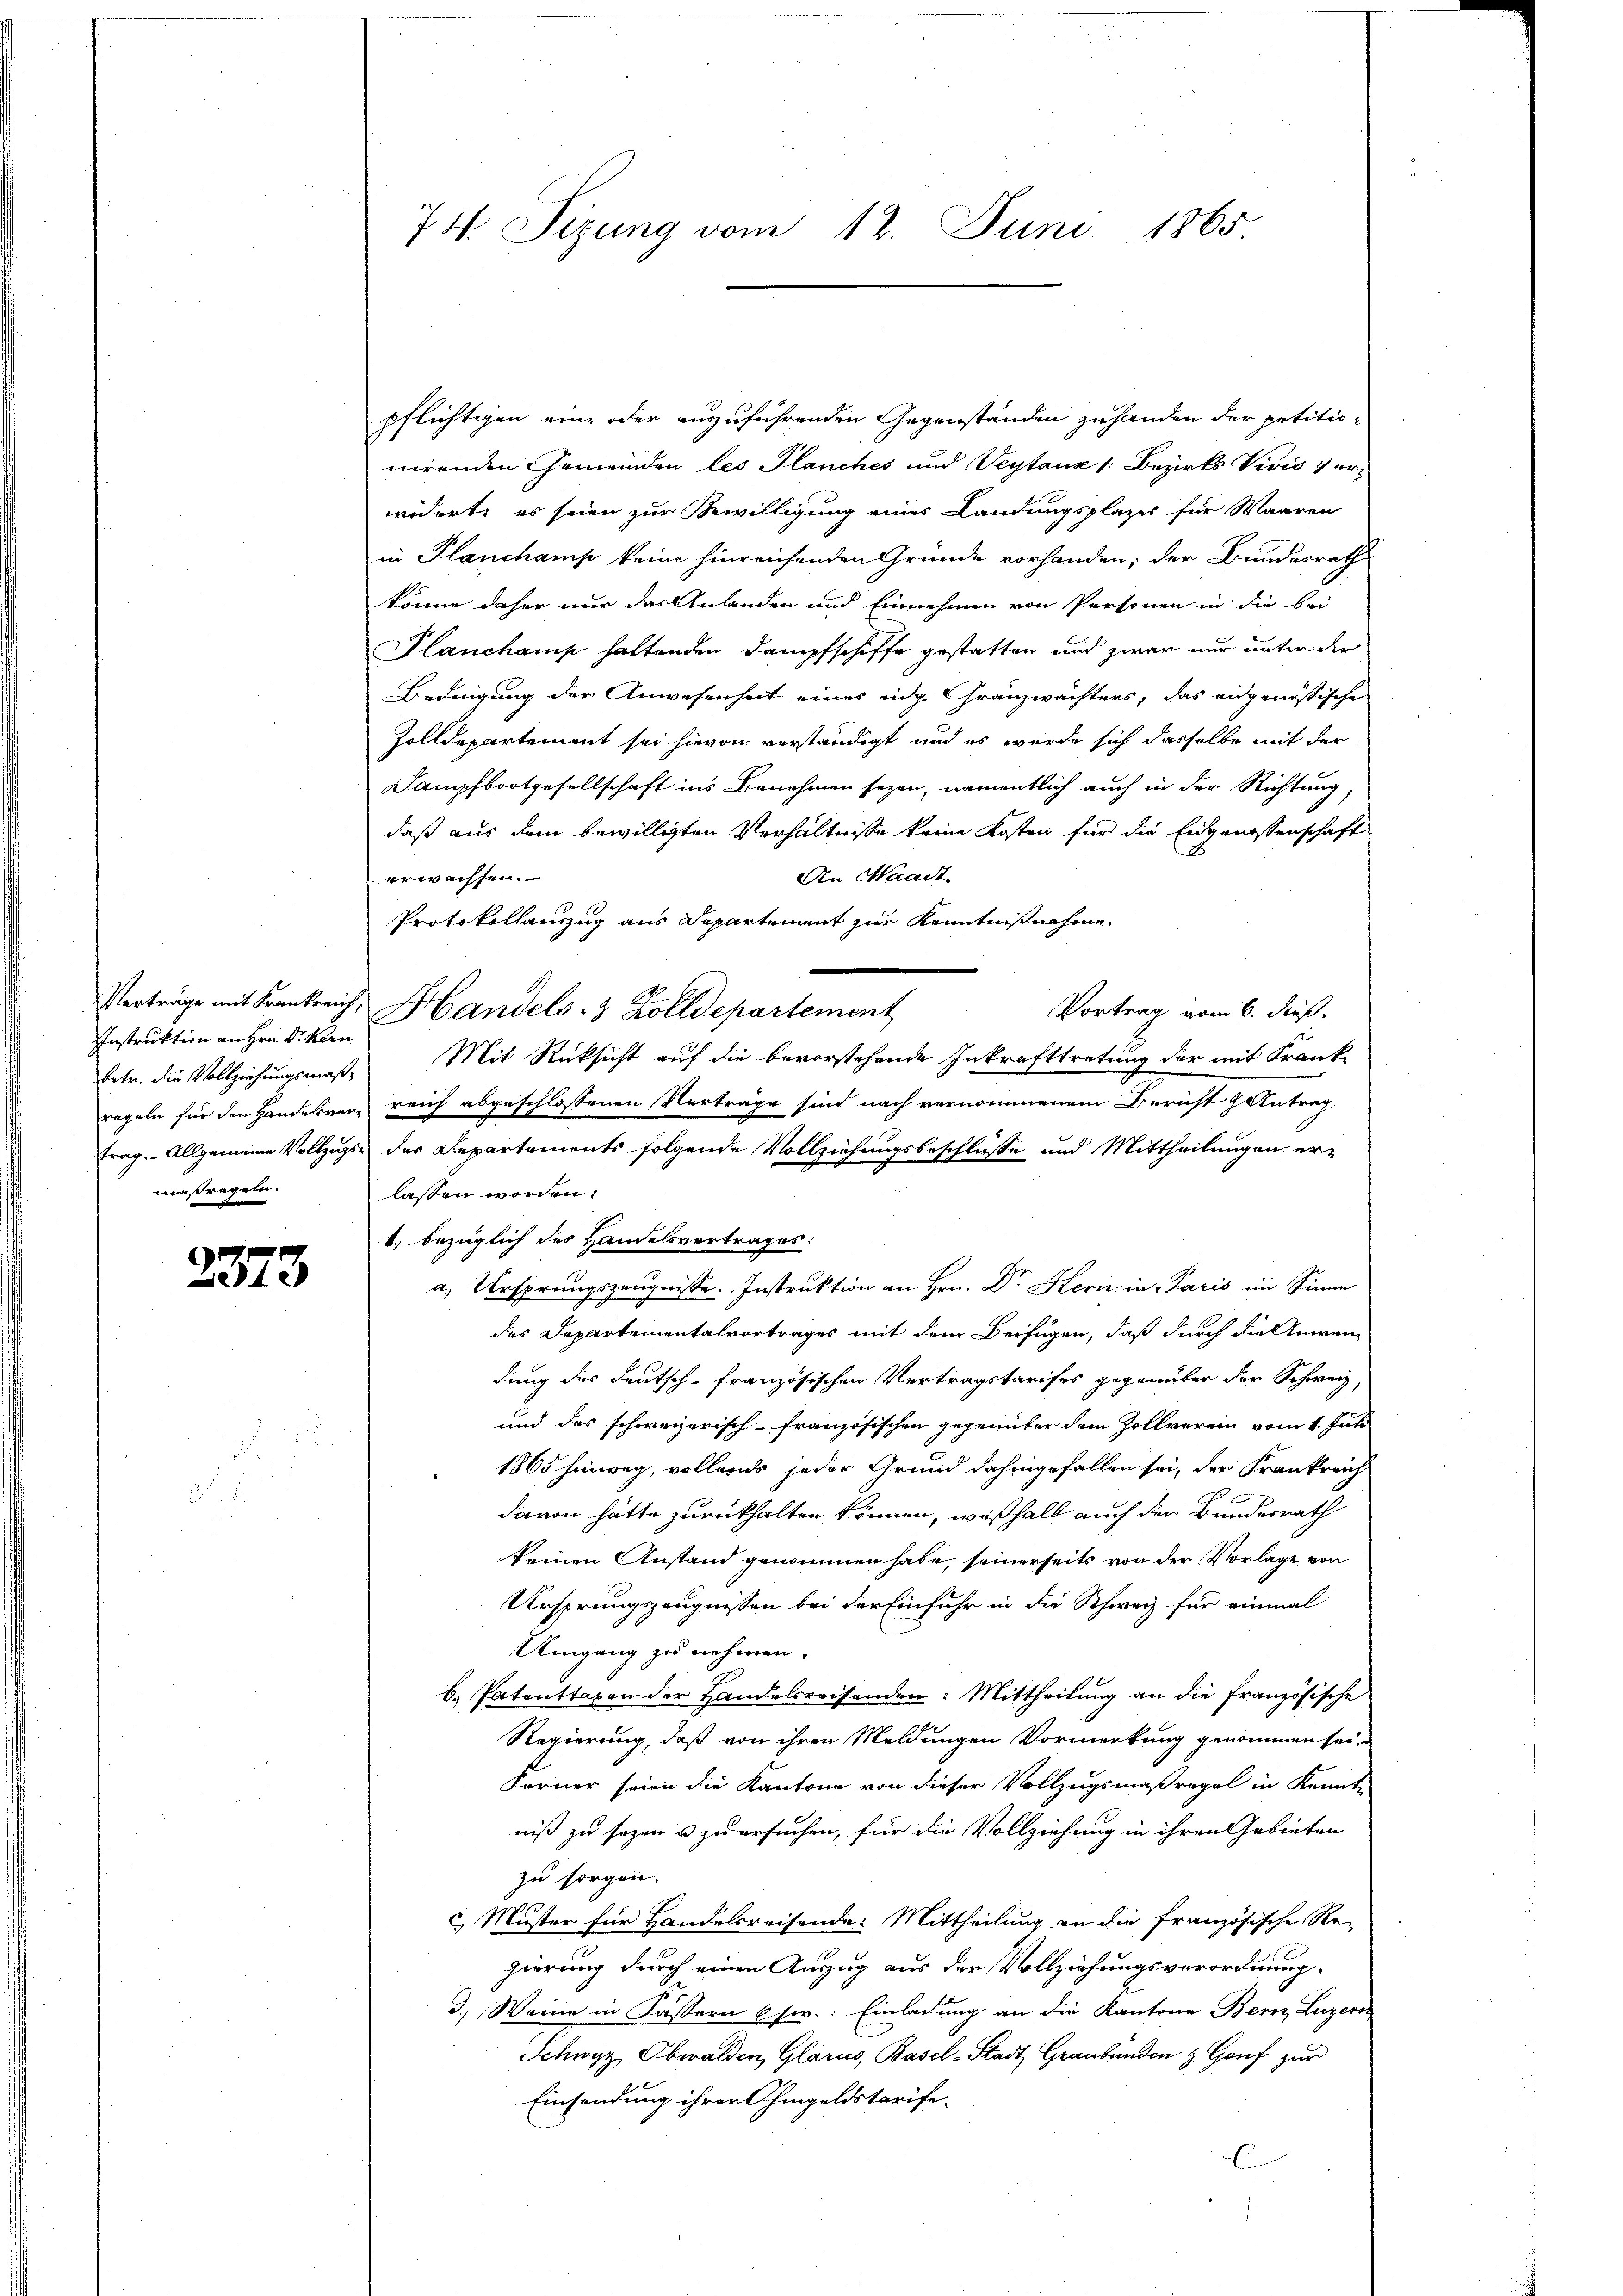
Verträge mit Frankreich,
Instruktion an Hrn. Dr. Kern
betr. die Vollziehungsmaßmaßregeln.

2373

74. Sizung vom 12. Juni 1865.

pflichtigen eine oder auszuführenden Gegenstanden zuhanden der petitionirenden Gemeinden les Planches und Veytauz /: Bezirks Vivić verwidert, es seien zur Bewilligung eines Landungsplazer für Waaren
in Planchamp keine hinreichenden Gründe vorhanden; der Bundesrath
könne daher nur das Anlanden und Einnehmen von Personen in die bei
Planchamp haltenden Dampfschiffe gestatten und zwar nur unter der
Bedingung der Anwesenheit eines eidg. Granzwächters, das eidgenössische
Zolldepartement sei hievon verständigt und es werde sich dasselbe mit der
Sampfbootgesellschaft ins Benehmen seyen, namentlich auch in der Richtung,
daß aus dem bewilligten Verhältnisse keine Kosten für die Eidgenossenschaft
erwachsen.
An Waadt
Protokollauszug aus Departement zur Kenntnißnahme
Vortrag vom 6. dieß.
Handels- & Zolldepartement
Mit Rücksicht auf die bevorstehende Inkrafttretung der mit Frank-
regeln für den Handelsvers reich abgeschlossenen Verträge sind nach vernommenem Bericht gantrag
trag. Allgemeine Vollzugs- des Departements folgende Vollziehungsbeschlüsse und Mittheilungen erlassen worden.
b. bezüglich des Handelsvertrages:
a Ursprungszeugnisse. Instruktion an Hrn. Dr Kern in Paris im Sinne
des Departementalvortrages mit dem Beifügen, daß durch die Anwendung der Deutsch-Französischen Vertragstarifes gegenüber der Schweiz,
und das schweizerisch-französischen gegenüber dem Zollverein vom 1. Juli
1865 hinweg, volleriss jeder Grund dahingefallen sei, der Frankreich
davon hätte zurückhalten können, weßhalb auch der Bundesrath
keinen Anstand genommen habe, seinerseits von der Vorlage von
Ursprungszeugnissen bei der Einfuhr in die Schweiz für einmal
Umgang zu nehmen.
6. Patenttaxen der Handelsreisenden: Mittheilung an die französische
Regierung, daß von ihren Meldungen Vormerkung genommen sei.
Ferner seien die Kantone von dieser Vollzugsmaßregel in Kennt-
niß zu sezen u zu ersuchen, für die Vollziehung in ihren Gebieten
zu sorgen.
& Muster für Handelsreisende: Mittheilung an die französische Re-
gierung durch einen Auszug aus der Vollziehungsverordnung.
3.) Weine in Kassern 6se.: Einladung an die Kantone Bern, Luzern
Schwyz, Obwalden, Glarus, Basel-Stadt Graubünden & Genf zur
Einsendung ihrer Ohmgeldstarife-
E